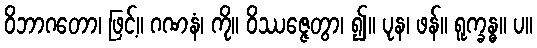
ဝိဘာဂတော၊ ဖြင့်။ ဂဏနံ၊ ကို။ ဝိဿဇ္ဇေတွာ၊ ၍။ ပုန၊ ဖန်။ ရူက္ခန္ဓ။ ပ။